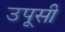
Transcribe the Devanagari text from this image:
उपूसी